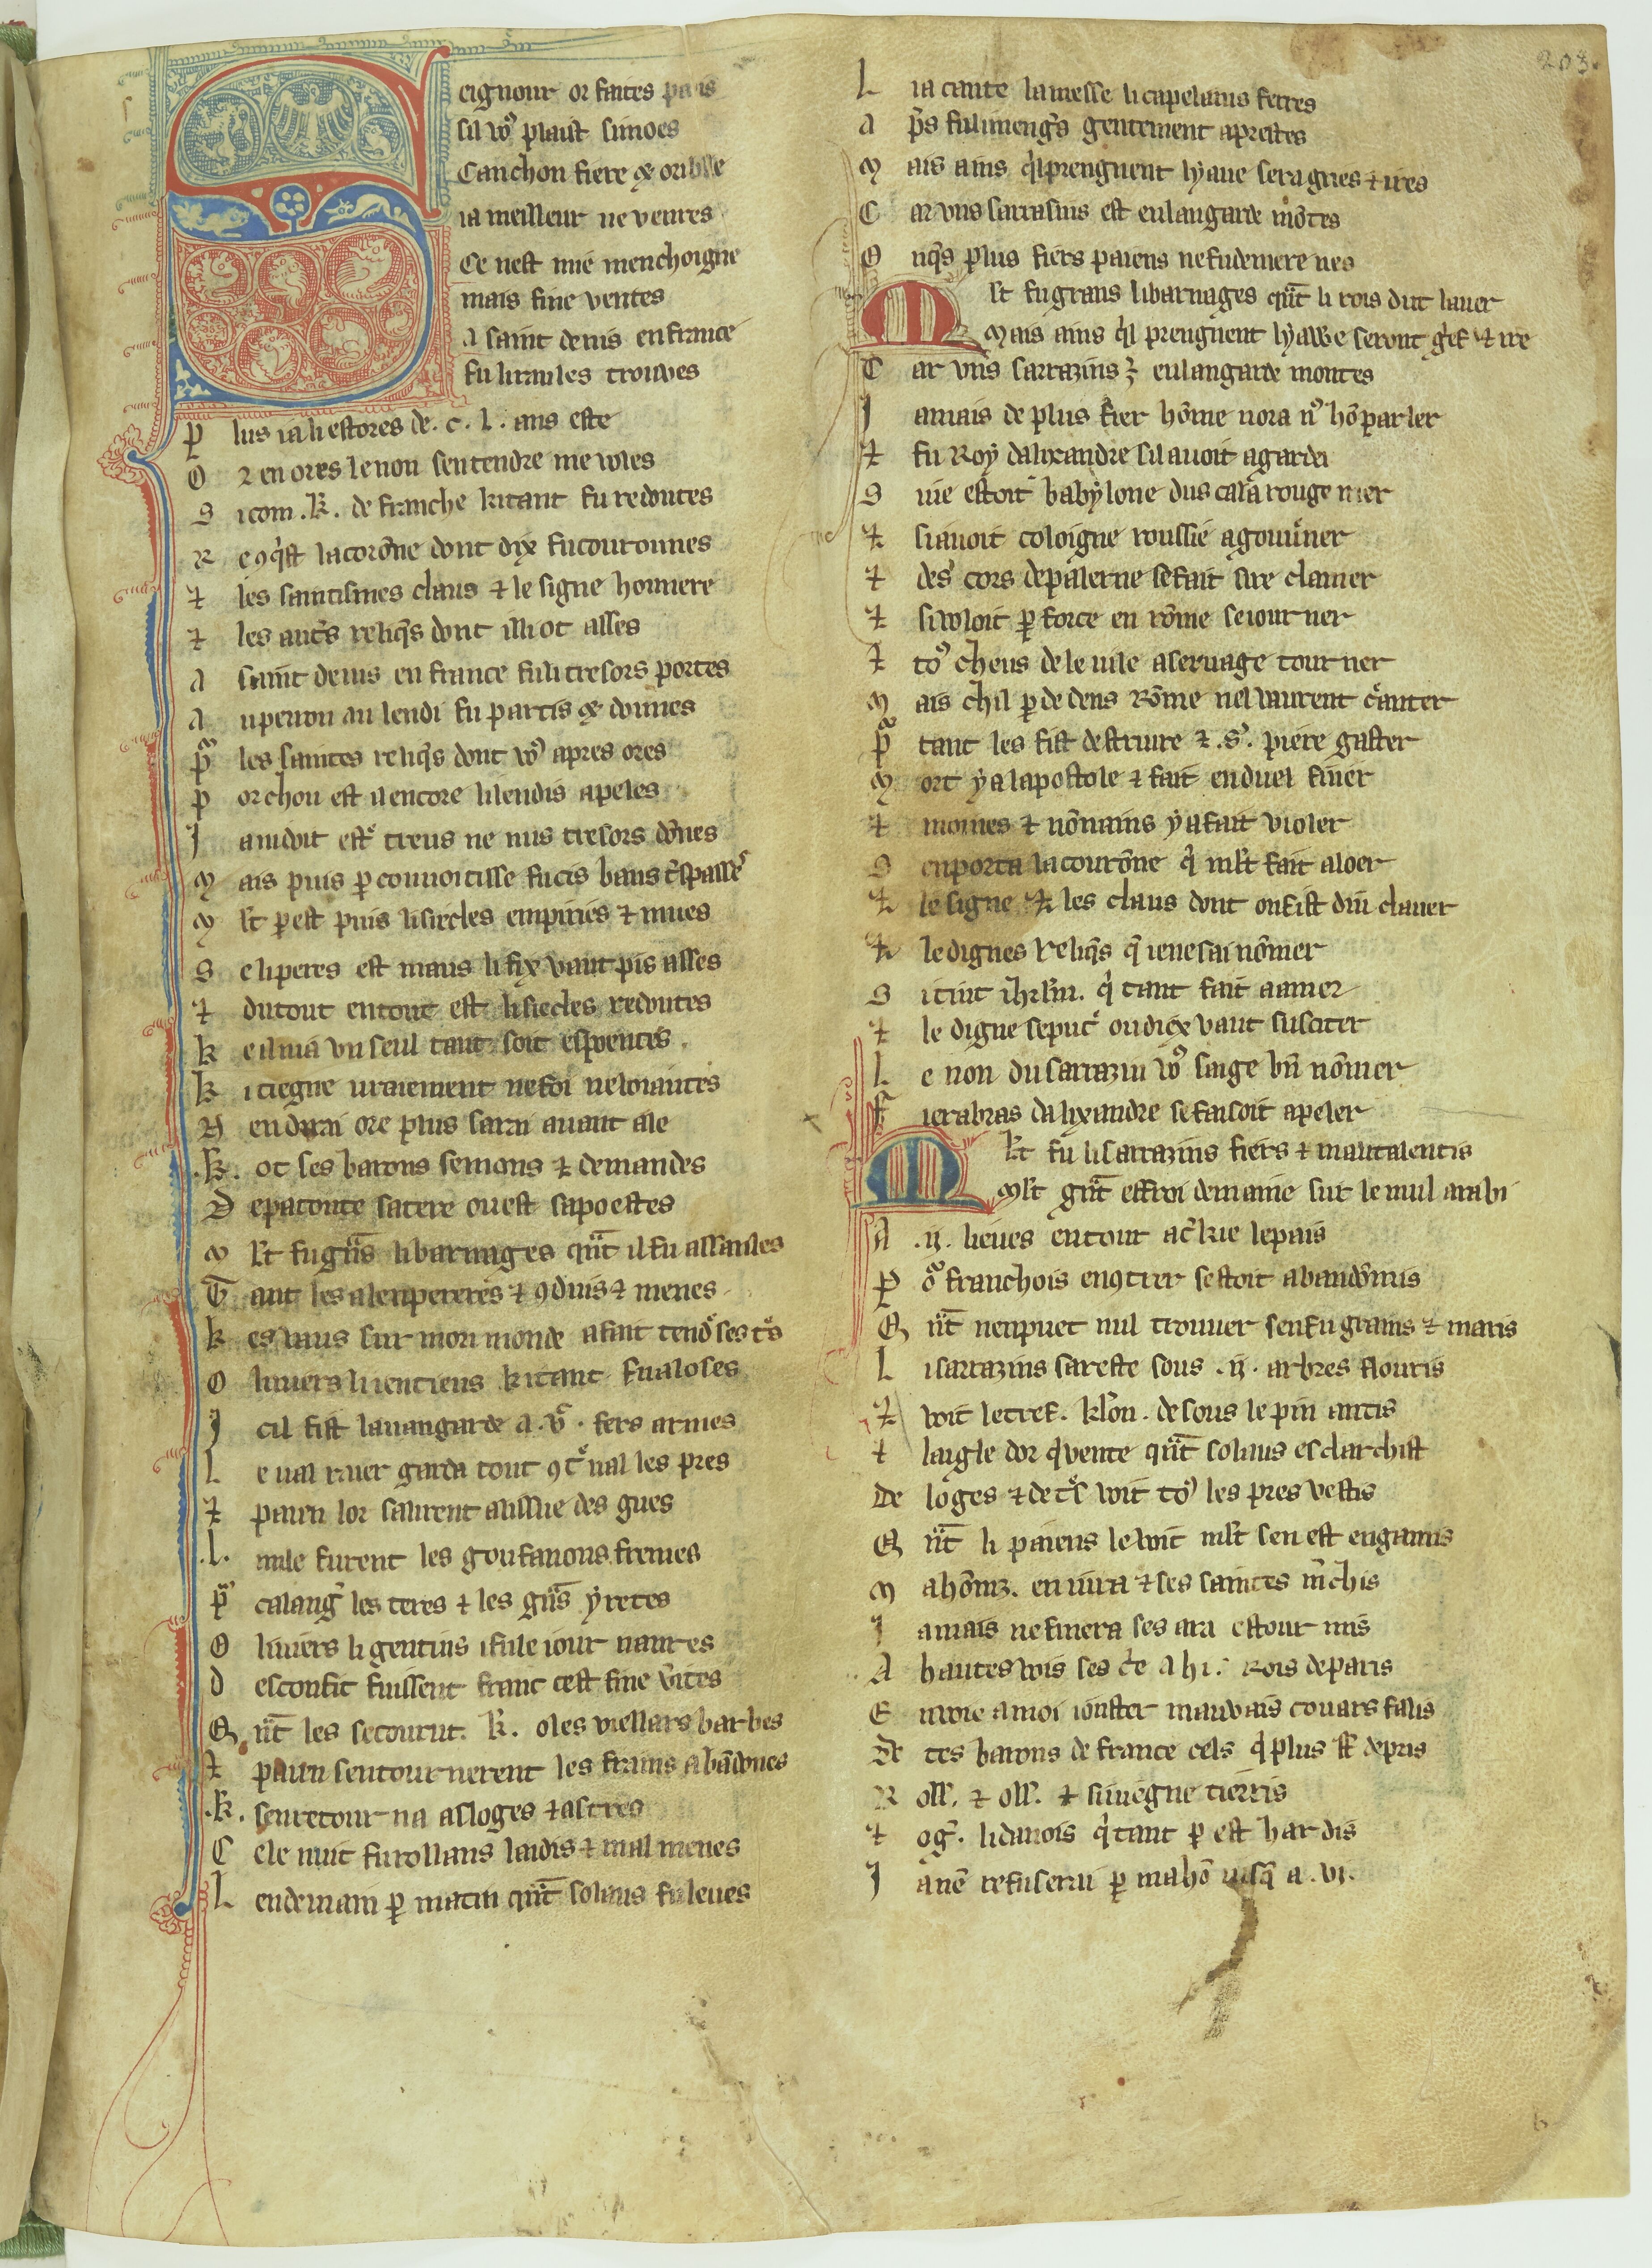
Shelfmark: Paris, BnF, fr. 12603
Century: 13